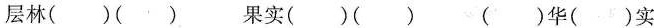
层林( )( ) 果实( )( ) ( )华( )实